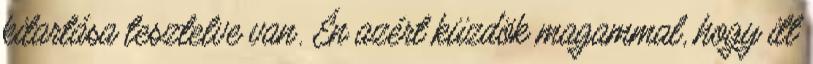
kitartása tesztelve van. Én azért küzdök magammal, hogy itt